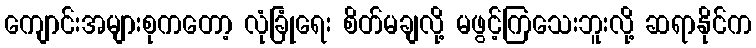
ကျောင်းအများစုကတော့ လုံခြုံရေး စိတ်မချလို့ မဖွင့်ကြသေးဘူးလို့ ဆရာနိုင်က